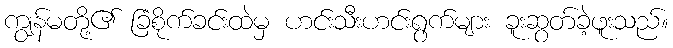
ကျွန်မတို့၏ ခြံစိုက်ခင်းထဲမှ ဟင်းသီးဟင်းရွက်များ ခူးဆွတ်ခဲ့ဖူးသည်။